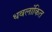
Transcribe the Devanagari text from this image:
धवलांकित